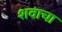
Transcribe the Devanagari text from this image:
शवाचा